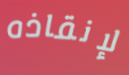
لإنقاذه